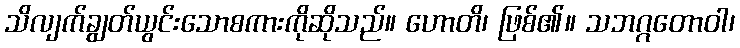
သိလျက်ချွတ်ယွင်းသောစကားကိုဆိုသည်။ ဟောတိ၊ ဖြစ်၏။ သဘဂ္ဂတောဝါ၊